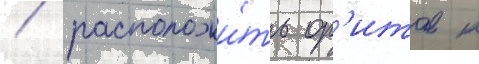
/ расположи́ть ор'итов к